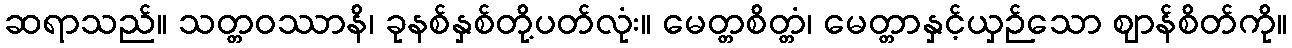
ဆရာသည်။ သတ္တဝဿာနိ၊ ခုနစ်နှစ်တို့ပတ်လုံး။ မေတ္တစိတ္တံ၊ မေတ္တာနှင့်ယှဉ်သော ဈာန်စိတ်ကို။